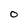
Character: O